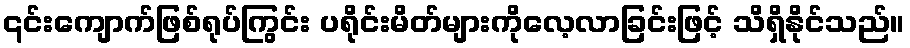
၎င်းကျောက်ဖြစ်ရုပ်ကြွင်း ပရိုင်းမိတ်များကိုလေ့လာခြင်းဖြင့် သိရှိနိုင်သည်။